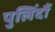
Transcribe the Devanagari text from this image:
पुलिंदौं